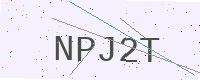
Text: NPJ2T